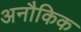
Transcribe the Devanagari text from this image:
अनौकिक